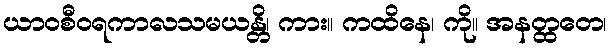
ယာဝစီဝရကာလသမယန္တိ၊ ကား။ ကထိနေ၊ ကို။ အနတ္ထတေ၊